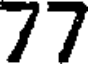
77